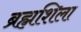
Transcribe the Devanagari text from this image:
ब्रह्मशिला